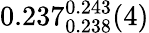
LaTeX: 0.237_{0.238}^{0.243}(4)